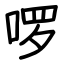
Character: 啰